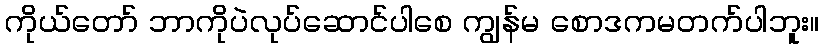
ကိုယ်တော် ဘာကိုပဲလုပ်ဆောင်ပါစေ ကျွန်မ စောဒကမတက်ပါဘူး။